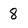
Character: 8